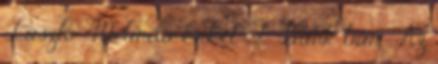
László ; Melinda Erkel F.: Bánk bán ; Az